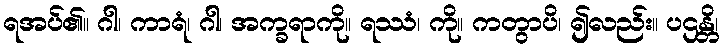
ရအပ်၏။ ဂါ၊ ကာရံ၊ ဂါ၊ အက္ခရာကို။ ရဿံ၊ ကို။ ကတွာပိ၊ ၍လည်း။ ပဌန္တိ၊